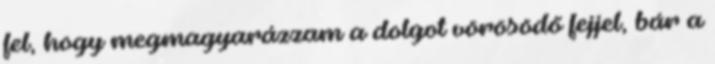
fel, hogy megmagyarázzam a dolgot vörösödő fejjel, bár a